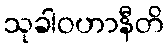
သုခါဝဟာနီတိ